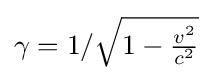
\gamma =1/{\sqrt {1-{\tfrac {v^{2}}{c^{2}}}}}